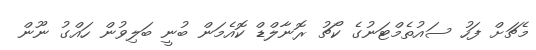
މެޗަށް ފަހު ސައުތެމްޓަނުގެ ކޯޗު ރޮނާލްޑް ކޮއެމަން ބުނީ ބަލިވުން ހައްގު ނޫން